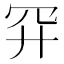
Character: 𮶇